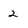
Character: 2